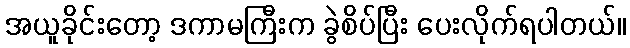
အယူခိုင်းတော့ ဒကာမကြီးက ခွဲစိပ်ပြီး ပေးလိုက်ရပါတယ်။